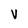
Character: V